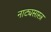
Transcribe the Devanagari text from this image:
नाट्यसास्त्र